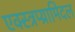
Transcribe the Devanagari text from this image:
एक्स्त्रप्य्रामिदल